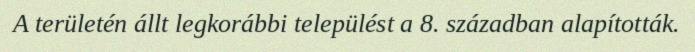
A területén állt legkorábbi települést a 8. században alapították.